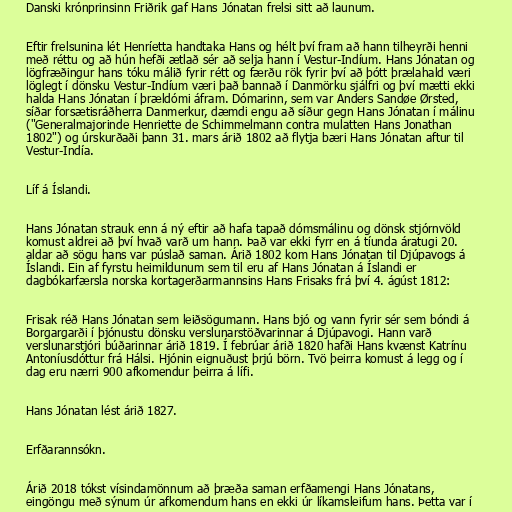
Danski krónprinsinn Friðrik gaf Hans Jónatan frelsi sitt að launum.

Eftir frelsunina lét Henríetta handtaka Hans og hélt því fram að hann tilheyrði henni
með réttu og að hún hefði ætlað sér að selja hann í Vestur-Indíum. Hans Jónatan og
lögfræðingur hans tóku málið fyrir rétt og færðu rök fyrir því að þótt þrælahald væri
löglegt í dönsku Vestur-Indíum væri það bannað í Danmörku sjálfri og því mætti ekki
halda Hans Jónatan í þrældómi áfram. Dómarinn, sem var Anders Sandøe Ørsted,
síðar forsætisráðherra Danmerkur, dæmdi engu að síður gegn Hans Jónatan í málinu
("Generalmajorinde Henriette de Schimmelmann contra mulatten Hans Jonathan
1802") og úrskurðaði þann 31. mars árið 1802 að flytja bæri Hans Jónatan aftur til
Vestur-Indía.

Líf á Íslandi.

Hans Jónatan strauk enn á ný eftir að hafa tapað dómsmálinu og dönsk stjórnvöld
komust aldrei að því hvað varð um hann. Það var ekki fyrr en á tíunda áratugi 20.
aldar að sögu hans var púslað saman. Árið 1802 kom Hans Jónatan til Djúpavogs á
Íslandi. Ein af fyrstu heimildunum sem til eru af Hans Jónatan á Íslandi er
dagbókarfærsla norska kortagerðarmannsins Hans Frisaks frá því 4. ágúst 1812:

Frisak réð Hans Jónatan sem leiðsögumann. Hans bjó og vann fyrir sér sem bóndi á
Borgargarði í þjónustu dönsku verslunarstöðvarinnar á Djúpavogi. Hann varð
verslunarstjóri búðarinnar árið 1819. Í febrúar árið 1820 hafði Hans kvænst Katrínu
Antoníusdóttur frá Hálsi. Hjónin eignuðust þrjú börn. Tvö þeirra komust á legg og í
dag eru nærri 900 afkomendur þeirra á lífi.

Hans Jónatan lést árið 1827.

Erfðarannsókn.

Árið 2018 tókst vísindamönnum að þræða saman erfðamengi Hans Jónatans,
eingöngu með sýnum úr afkomendum hans en ekki úr líkamsleifum hans. Þetta var í